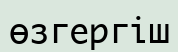
өзгергіш